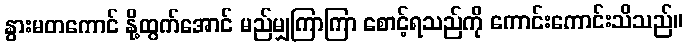
နွားမတကောင် နို့ထွက်အောင် မည်မျှကြာကြာ စောင့်ရသည်ကို ကောင်းကောင်းသိသည်။